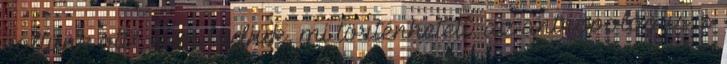
voltunk ott”, nem tudjuk, mi történhetett, az antropológus is